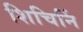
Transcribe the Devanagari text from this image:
शिचिनिं